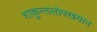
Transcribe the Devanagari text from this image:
शाकुन्तलोपखयान